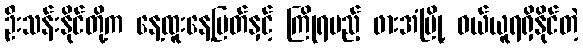
ဦးသန်းနိုင်တို့က နေ့ထူးနေ့မြတ်နှင့် ကြိုရမည့် ဖားအံမြို့ ဝယ်ယူရရှိနိုင်တဲ့